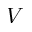
V